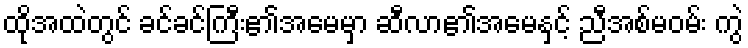
ထိုအထဲတွင် ခင်ခင်ကြီး၏အမေမှာ ဆီလာ၏အမေနှင့် ညီအစ်မဝမ်း ကွဲ